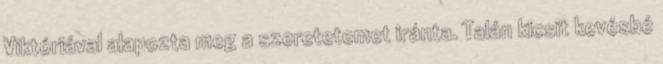
Viktóriával alapozta meg a szeretetemet iránta. Talán kicsit kevésbé